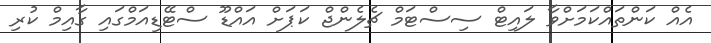
އެއް ކަންތައްކަމަށްވާ ލައިޓް ސިސްޓަމް ޗެލެންޖް ކަޕަށް އައްޑޫ ސްޓޭޑިއަމްގައި ގާއިމް ކުރި